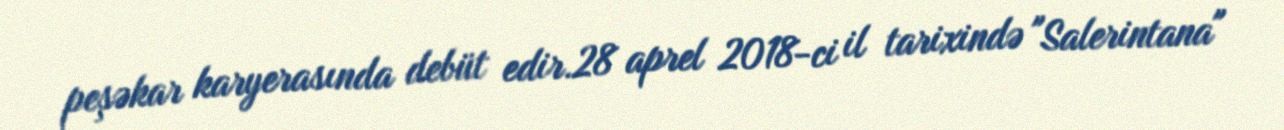
peşəkar karyerasında debüt edir.28 aprel 2018-ci il tarixində "Salerintana"